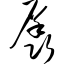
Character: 羼